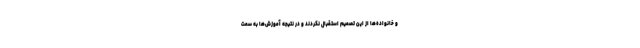
و خانواده‌ها از این تصمیم استقبال نکردند و در نتیجه آموزش‌ها به سمت